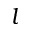
l